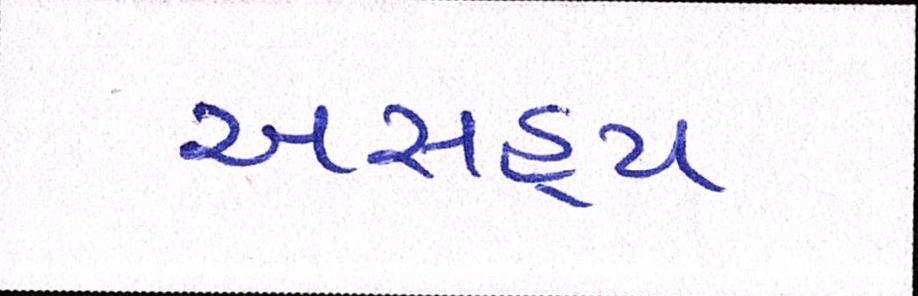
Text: અસહ્ય